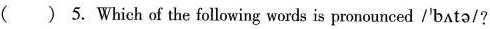
( ) 5. Which of the following words is pronounced /'bʌtə/?